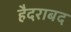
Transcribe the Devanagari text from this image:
हैदराबद